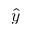
\hat { y }